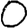
Digit: 0